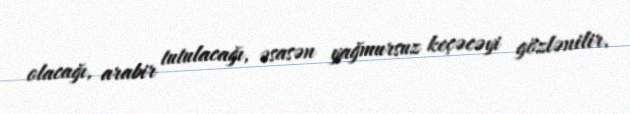
olacağı, arabir tutulacağı, əsasən yağmursuz keçəcəyi gözlənilir.